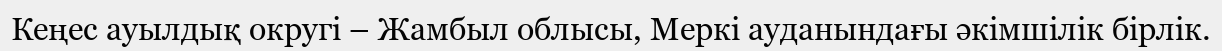
Кеңес ауылдық округі – Жамбыл облысы, Меркі ауданындағы әкімшілік бірлік.